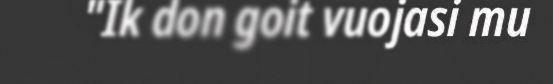
"Ik don goit vuojasi mu